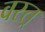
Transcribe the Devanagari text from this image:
वस्त्र्